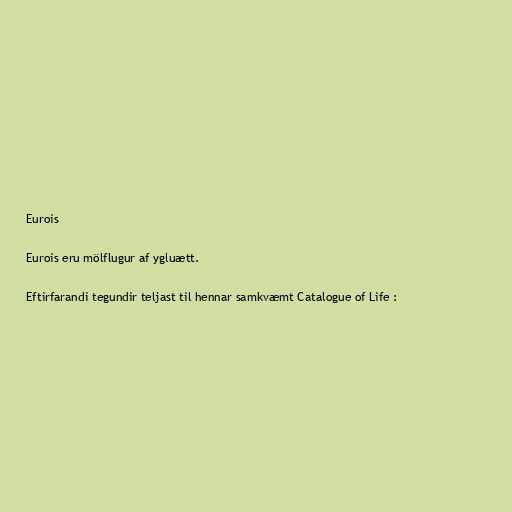
Eurois

Eurois eru mölflugur af ygluætt.

Eftirfarandi tegundir teljast til hennar samkvæmt Catalogue of Life :